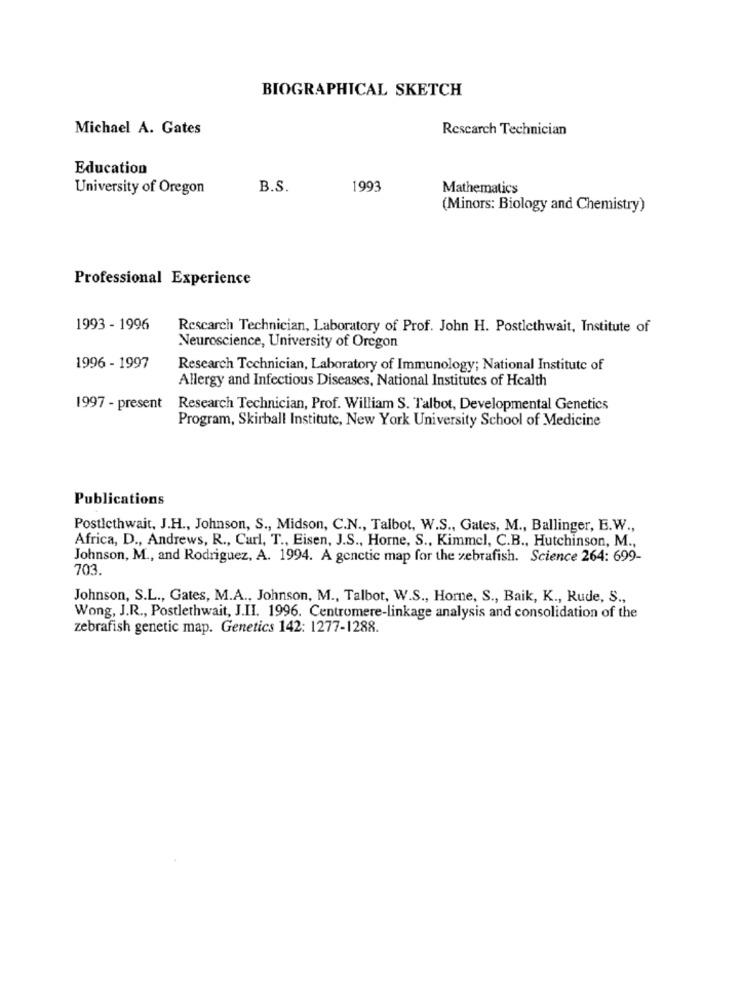
BIOGRAPHICAL SKETCH
Michael A. Gates
Rescarch Technician
Education
University of Oregon
B.S.
1993
Mathematics
(Minors: Biology and Chemistry)
Professional Experience
1993 - 1996
Rescarch Technician, Laboratory of Prof. John H. Postlethwait, Institute of
Neuroscience, University of Oregon
1996 - 1997
Research Technician, Laboratory of Immunology; National Institute of
Allergy and Infectious Diseases, National Institutes of Health
1997 - present
Research Technician, Prof. William S. Talbot, Developmental Genetics
Program, Skirball Institute, New York University School of Medicine
Publications
Post!cthwait, J.H ., Johnson, S ., Midson, C.N ., Talbot, W.S ., Gates, M ., Ballinger, E.W .,
Africa, D ., Andrews, R ., Carl, T ., Eisen, J.S ., Horne, S ., Kimmel, C.B ., Hutchinson, M .,
Johnson, M ., and Rodriguez, A. 1994. A genctic map for the zebrafish. Science 264: 699-
703.
Johnson, S.L ., Gates, M.A ., Johnson, M ., Talbot, W.S ., Horne, S ., Baik, K ., Rude, S .,
Wong, J.R ., Postlethwait, J.II. 1996. Centromere-linkage analysis and consolidation of the
zebrafish genetic map. Genetics 142: 1277-1288.